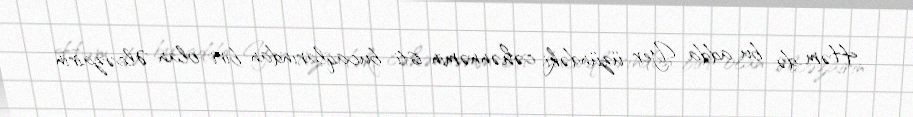
Həm də bu adda Yer üzündəki cəhənnəmin isti bucaqlarından biri olan Əlcəzairin